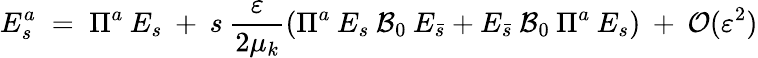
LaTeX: E_{s}^{a}\; =\; \Pi^{a}\: E_{s}\: +\: s\: \frac{\varepsilon}{2\mu_{k}}\left(\Pi^{a}\: E_{s}\: {\cal{B}}_{0}\: E_{\bar{s}}+E_{\bar{s}}\: {\cal{B}}_{0}\: \Pi^{a}\: E_{s}\right)\: +\: {\cal{O}}(\varepsilon^{2})